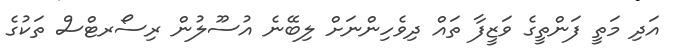
އަދި މަތީ ފަންތީގެ ވަޒީފާ ތައް ދިވެހިންނަށް ލިބޭނެ އުސޫލުން ރިސޯރޓްސް ތަކުގެ